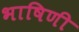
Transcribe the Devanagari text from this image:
भाषिणी